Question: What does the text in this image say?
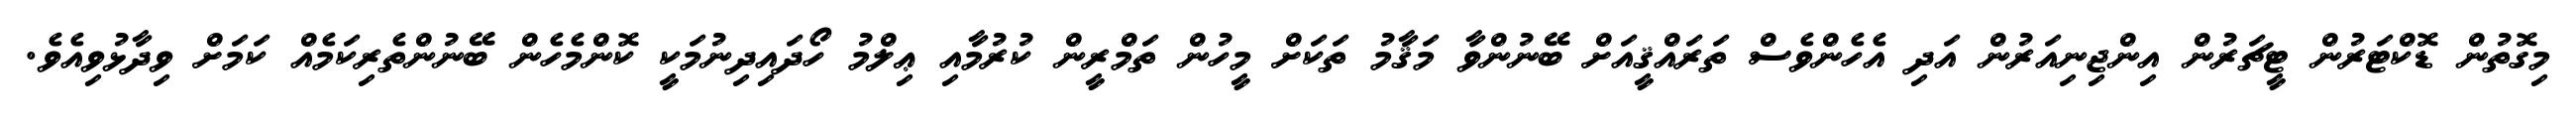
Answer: މިގޮތުން ޑޮކްޓަރުން ޓީޗަރުން އިންޖިނިއަރުން އަދި އެހެންވެސް ތަރައްޤީއަށް ބޭނުންވާ މަޤާމު ތަކަށް މީހުން ތަމްރީން ކުރުމާއި ޢިލްމު ހޯދައިދިނުމަކީ ކޮންމެހެން ބޭނުންތެރިކަމެއް ކަމަށް ވިދާޅުވިއެވެ.